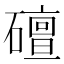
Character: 䃪